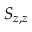
S _ { z , z }